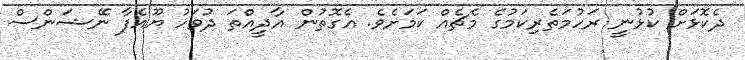
ދެކޮޅަށް ކުޅުނީ ރަހުމަތެރިކަމުގެ މެޗެއް ކަމަށެވެ. އެގޮތުން އާދީއްތަ ދުވަހު ޔޫއެފާ ނޭޝަންސް